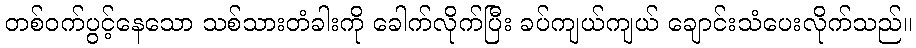
တစ်ဝက်ပွင့်နေသော သစ်သားတံခါးကို ခေါက်လိုက်ပြီး ခပ်ကျယ်ကျယ် ချောင်းသံပေးလိုက်သည်။